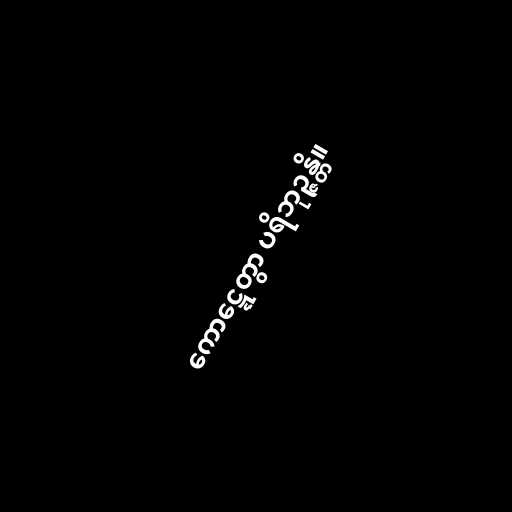
ကောဋ္ဋေတွာ ပရိဘုဉ္ဇန္တိ။